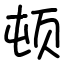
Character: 顿